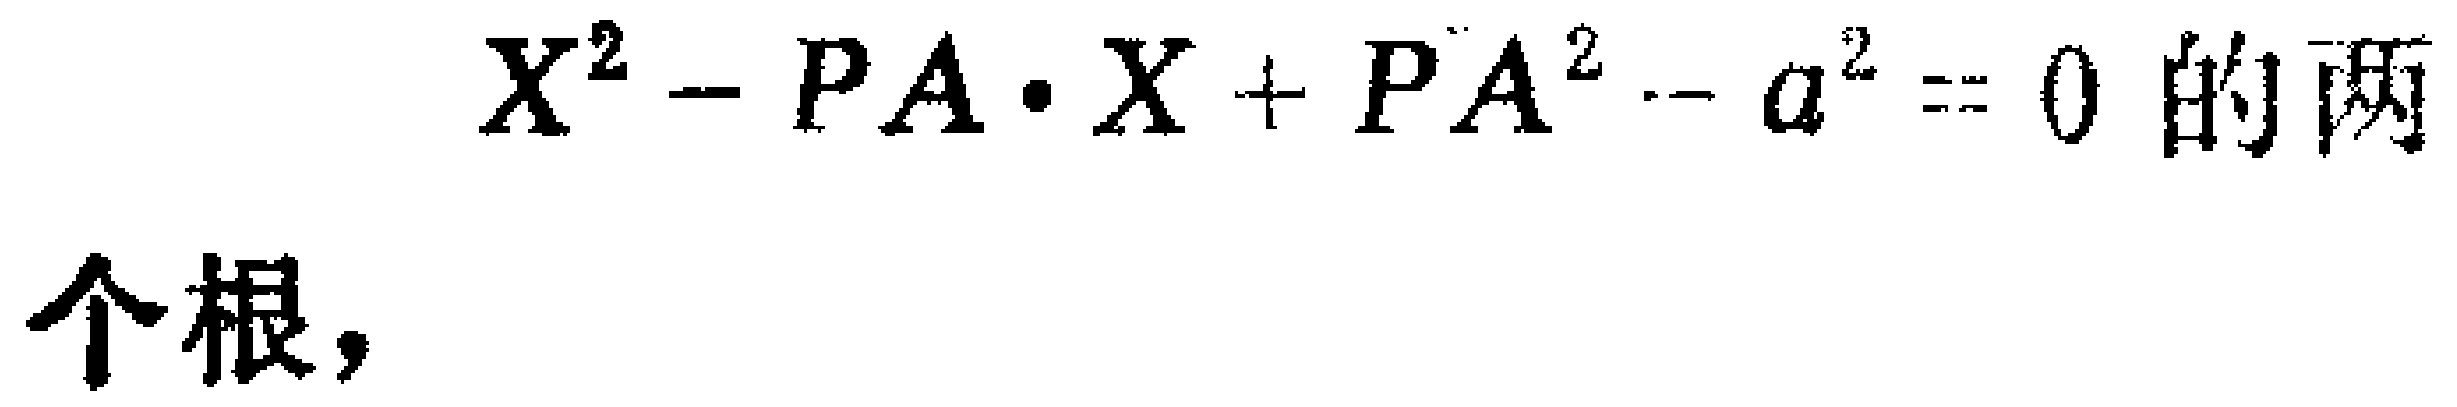
\(x^{2}-PA\cdot x + PA^{2}-a^{2}=0\)的两个根，